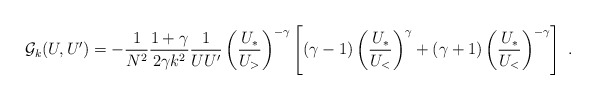
\begin{align*}{\cal G}_k(U,U^\prime) = -\frac{1}{N^2} \frac{1+\gamma}{2\gamma k^2} \frac{1}{U U'} \left(\frac{U_*}{U_>}\right)^{-\gamma} \left[ (\gamma-1) \left(\frac{U_*}{U_<}\right)^{\gamma} +(\gamma+1) \left(\frac{U_*}{U_<}\right)^{-\gamma}\right]~.\end{align*}